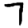
Digit: 7